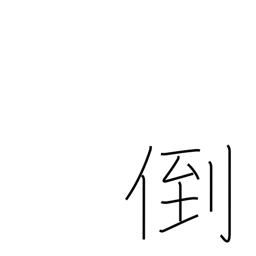
Meaning: break down